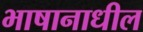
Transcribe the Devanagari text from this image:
भाषानाधील